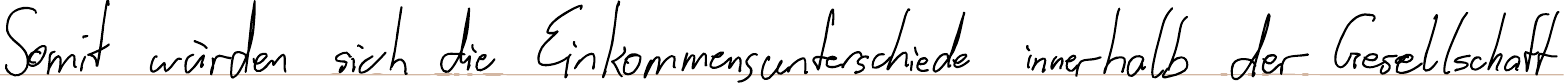
Somit würden sich die Einkommensunterschiede innerhalb der Gesellschaft